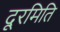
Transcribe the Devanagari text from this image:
दूरमिति